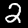
Label: 2